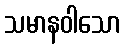
သမာနဝါသော